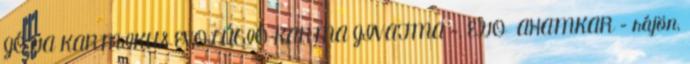
JÓGA KARMIKUS EVOLÚCIÓ KARMA JIVATMA -, EGO AHAMKAR – rájön,